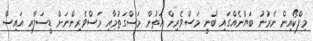
މިފްކޯއިން ނެރުނު ބަޔާނެއްގައި ބުނީ މަސްވެރިން އަތުން މަސްގަތުމާއި މަސްވެރިންނަށް ޑީސަލާއި އައިސް